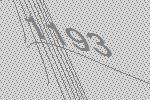
1193